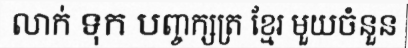
លាក់ ទុក បញ្ចក្សត្រ ខ្មែរ មួយចំនួន